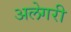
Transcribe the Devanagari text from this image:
अलेगरी